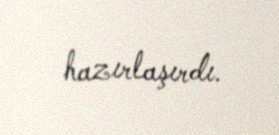
hazırlaşırdı.